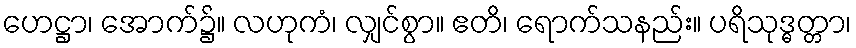
ဟေဋ္ဌာ၊ အောက်၌။ လဟုကံ၊ လျှင်စွာ။ ဧတိ၊ ရောက်သနည်း။ ပရိသုဒ္ဓတ္တာ၊